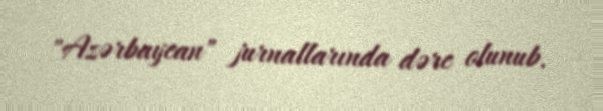
"Azərbaycan" jurnallarında dərc olunub.